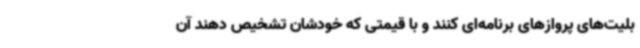
بلیت‌های پروازهای برنامه‌ای کنند و با قیمتی که خودشان تشخیص دهند آن